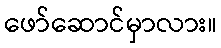
ဖော်ဆောင်မှာလား။